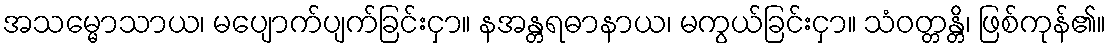
အသမ္မောသာယ၊ မပျောက်ပျက်ခြင်းငှာ။ နအန္တရဓာနာယ၊ မကွယ်ခြင်းငှာ။ သံဝတ္တန္တိ၊ ဖြစ်ကုန်၏။